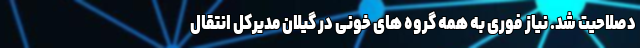
دصلاحیت شد. نیاز فوری به همه گروه های خونی در گیلان مدیرکل انتقال